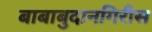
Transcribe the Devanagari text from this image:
बाबाबुदानगिरीस